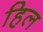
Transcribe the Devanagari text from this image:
हिल